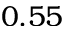
0 . 5 5